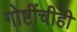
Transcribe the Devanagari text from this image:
गोष्टींचीही